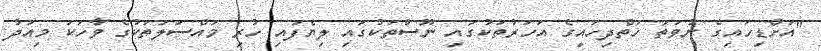
"އަށްޑިހައިގެ ނުވަތަ ހަތްދިހައިގެ އަހަރުތަކުގައި ނޫސްތަކުގައި ލިޔެފައި ހުރި މައްސަލަތަކުގެ ވާހަކަ މިއަދު